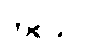
တစ်ခုပါ